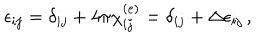
\epsilon _ { i j } = \delta _ { i j } + 4 \pi \chi _ { i j } ^ { ( e ) } = \delta _ { i j } + \Delta \epsilon _ { i j } \, ,